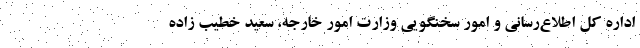
اداره کل اطلاع‌رسانی و امور سخنگویی وزارت امور خارجه، سعید خطیب زاده